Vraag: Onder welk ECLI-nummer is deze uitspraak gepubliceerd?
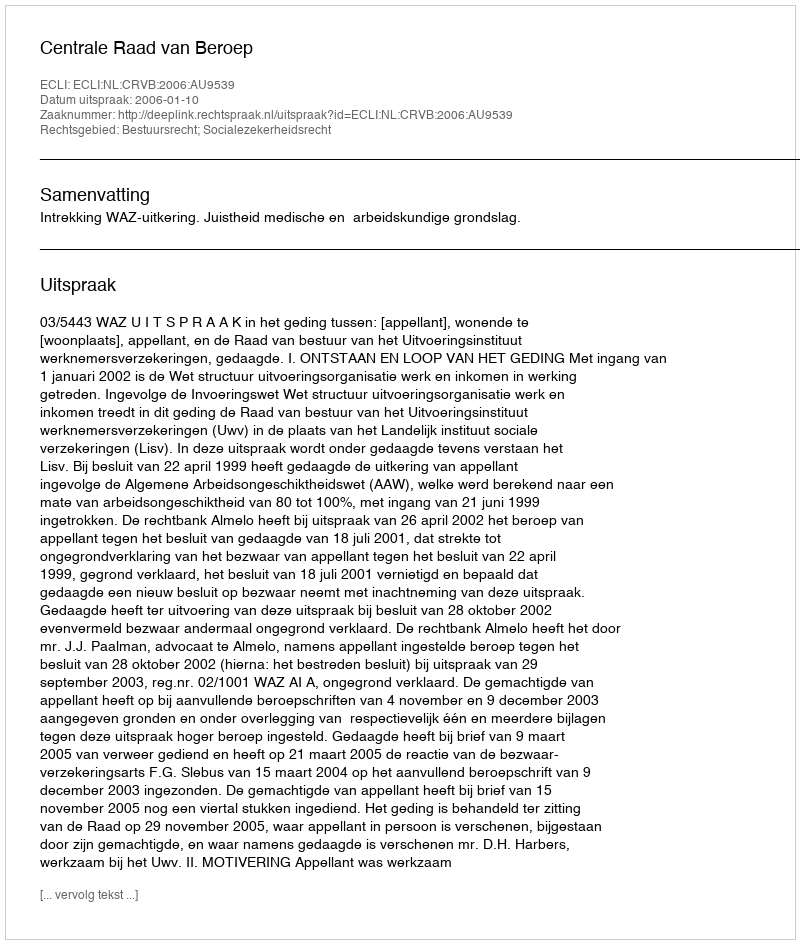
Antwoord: ECLI:NL:CRVB:2006:AU9539